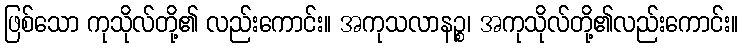
ဖြစ်သော ကုသိုလ်တို့၏ လည်းကောင်း။ အကုသလာနဉ္စ၊ အကုသိုလ်တို့၏လည်းကောင်း။